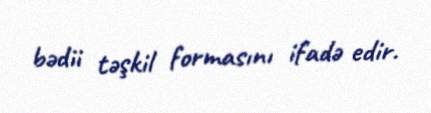
bədii təşkil formasını ifadə edir.